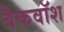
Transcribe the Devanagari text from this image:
बैकवॉश